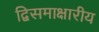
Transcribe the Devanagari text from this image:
द्विसमाक्षारीय